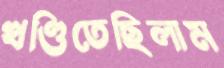
খণ্ডিতেছিলাম